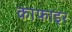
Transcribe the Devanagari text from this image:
काफाइर